Medical and sanitary report of the native army of Bengal for the year
Year: 1878
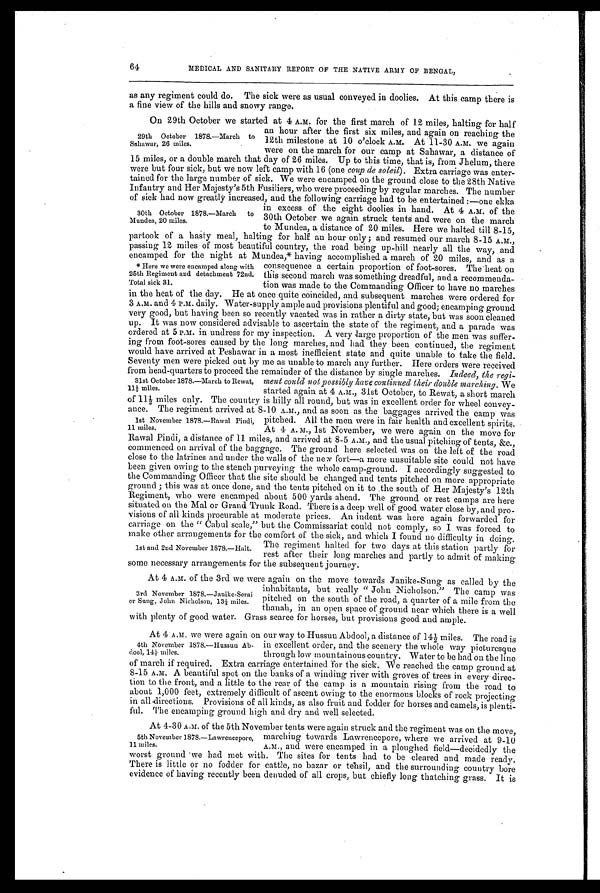
64
MEDICAL AND SANITARY REPORT OF THE NATIVE ARMY OF BENGAL,
as any regiment could do. The sick were as usual conveyed in doolies. At this camp there is
a fine view of the hills and snowy range.
On 29th October we started at 4 A.M. for the first march of 12 miles, halting for half
an hour after the first six miles, and again on reaching the
12th milestone at 10 o'clock A.M. At 11-30 A.M. we again
were on the march for our camp at Sahawar, a distance of
15 miles, or a double march that day of 26 miles. Up to this time, that is, from Jhelum, there
were but four sick, but we now left camp with 16 (one coup de soleil ). Extra carriage was enter
-
tained for the large number of sick. We were encamped on the ground close to the 28th Native
Infantry and Her Majesty's 5th Fusiliers, who were proceeding by regular marches. The number
of sick had now greatly increased, and the following carriage had to be entertained:—one ekka
in excess of the eight doolies in hand. At 4 A.M. of the
30th October we again struck tents and were on the march
to Mundea, a distance of 20 miles. Here we halted till 8-15,
partook of a hasty meal, halting for half an hour only; and resumed our march 8-15 A.M.,
passing 12 miles of most beautiful country, the road being up-hill nearly all the way, and
encamped for the night at Mundea,* having accomplished a march of 20 miles, and as a
consequence a certain proportion of foot-sores. The heat
o n
this second march was something dreadful, and a recommenda
-
tion was made to the Commanding Officer to have no marches
in the heat of the day. He at once quite coincided, and subsequent marches were ordered for
3 A.M. and 4 P.M. daily. Water-supply ample and provisions plentiful and good; encamping ground
very good, but having been so recently vacated was in rather a dirty state, but was soon cleaned
up. It was now considered advisable to ascertain the state of the regiment, and a parade was
ordered at 5 P.M. in undress for my inspection. A very large proportion of the men was suffer
-
ing from foot-sores caused by the long marches, and had they been continued, the regiment
would have arrived at Peshawar in a most inefficient state and quite unable to take the field.
Seventy men were picked out by me as unable to march any further. Here orders were received
from head-quarters to proceed the remainder of the distance by single marches. Indeed, the regi
-
ment could not possibly have continued their double marching. We
started again at 4 A.M., 31st October, to Rewat, a short march
of 11½ miles only. The country is hilly all round, but was in excellent order for wheel convey
-
ance. The regiment arrived at 8-10 A.M., and as soon as the baggages arrived the camp was
pitched. All the men were in fair health and excellent spirits.
At 4 A. M., 1st November, we were again on the move for
Rawal Pindi, a distance of 11 miles, and arrived at 8-5 A.M., and the usual pitching of tents, &c.,
commenced on arrival of the baggage. The ground here selected was on the left of the road
close to the latrines and under the walls of the new fort—a more unsuitable site could not have
been given owing to the stench purveying the whole camp-ground. I accordingly suggested to
the Commanding Officer that the site should be changed and tents pitched on more appropriate
ground; this was at once done, and the tents pitched on it to the south of Her Majesty's 12th
Regiment, who were encamped about 500 yards ahead. The ground or rest camps are here
situated on the Mal or Grand Trunk Road. There is a deep well of good water close by, and pro
-
visions of all kinds procurable at moderate prices. An indent was here again forwarded for
carriage on the "Cabul scale," but the Commissariat could not comply, so I was forced to
make other arrangements for the comfort of the sick, and which I found no difficulty in doing.
The regiment halted for two days at this station partly for
rest after their long marches and partly to admit of making
some necessary arrangements for the subsequent journey.
At 4 A.M. of the 3rd we were again on the move towards Janike- Sung as called by the
inhabitants, but really "John Nicholson." The camp was
pitched on the south of the road, a quarter of a mile from the
thanah, in an open space of ground near which there is a well
with plenty of good water. Grass scarce for horses, but provisions good and ample.
At 4 A.M. we were again on our way to Hussun Abdool, a distance of 14½ miles. The road is
in excellent order, and the scenery the whole way picturesque
through low mountainous country. Water to be had on the line
of march if required. Extra carriage entertained for the sick. We reached the camp ground at
8-15 A.M. A beautiful spot on the banks of a winding river with groves of trees in every direc
-
tion to the front, and a little to the rear of the camp is a mountain rising from the road to
about 1,000 feet, extremely difficult of ascent owing to the enormous blocks of rock projecting
in all-directions. Provisions of all kinds, as also fruit and fodder for horses and camels, is plenti
-
ful. The encamping ground high and dry and well selected.
At 4-30 A.M. of the 5th November tents were again struck and the regiment was on the move,
marching towards Lawrencepore, where we arrived at 9-10
A.M., and were encamped in a ploughed field—decidedly the
worst ground we had met with. The sites for tents had to be cleared and made ready.
There is little or no fodder for cattle, no bazar or tehsil, and the surrounding country bore
evidence of having recently been denuded of all crops, but chiefly long thatching grass. It is
29th October 1878.—March to
Sahawar, 26 miles.
30th October 1878.—March to
Mundea, 20 miles.
* Here we were encamped along with
25th Regiment and detachment 72nd.
Total sick 31.
31st October 1878.—March to Rewat,
11½ miles.
1st November 1878.—Rawal Pindi,
11 miles.
1st and 2nd November 1878.—Halt.
3rd November 1878.—Janike-Serai
or Sung, John Nicholson, 13¼ miles.
4th November 1878.—Hussun Ab
-dool, 14½ miles.
5th November 1878.—Lawrencepore,
11 miles.